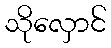
သိုလှောင်